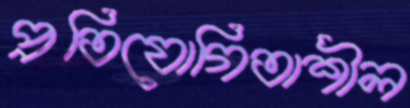
প্রতিযোগিতাশীল